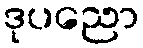
ဒုပညော